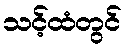
သင့်ထံတွင်